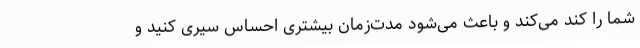
شما را کند می‌کند و باعث می‌شود مدت‌زمان بیشتری احساس سیری کنید و